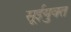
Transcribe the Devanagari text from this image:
सूईयुक्त